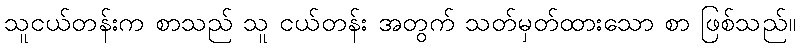
သူငယ်တန်းက စာသည် သူ ငယ်တန်း အတွက် သတ်မှတ်ထားသော စာ ဖြစ်သည်။